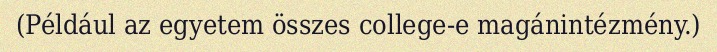
(Például az egyetem összes college-e magánintézmény.)